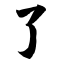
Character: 了